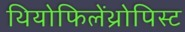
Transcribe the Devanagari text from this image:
थियोफिलेंथ्रोपिस्ट